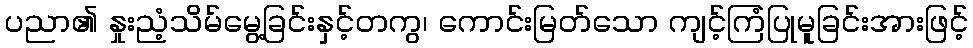
ပညာ၏ နှုးညံ့သိမ်မွေ့ခြင်းနှင့်တကွ၊ ကောင်းမြတ်သော ကျင့်ကြံပြုမူခြင်းအားဖြင့်